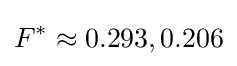
F^{*}\approx 0.293,0.206